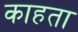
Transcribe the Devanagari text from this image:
काहता